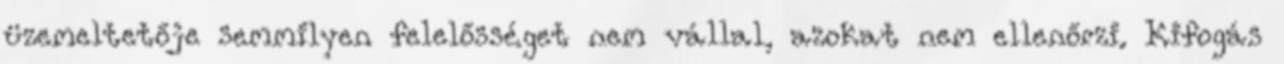
üzemeltetője semmilyen felelősséget nem vállal, azokat nem ellenőrzi. Kifogás